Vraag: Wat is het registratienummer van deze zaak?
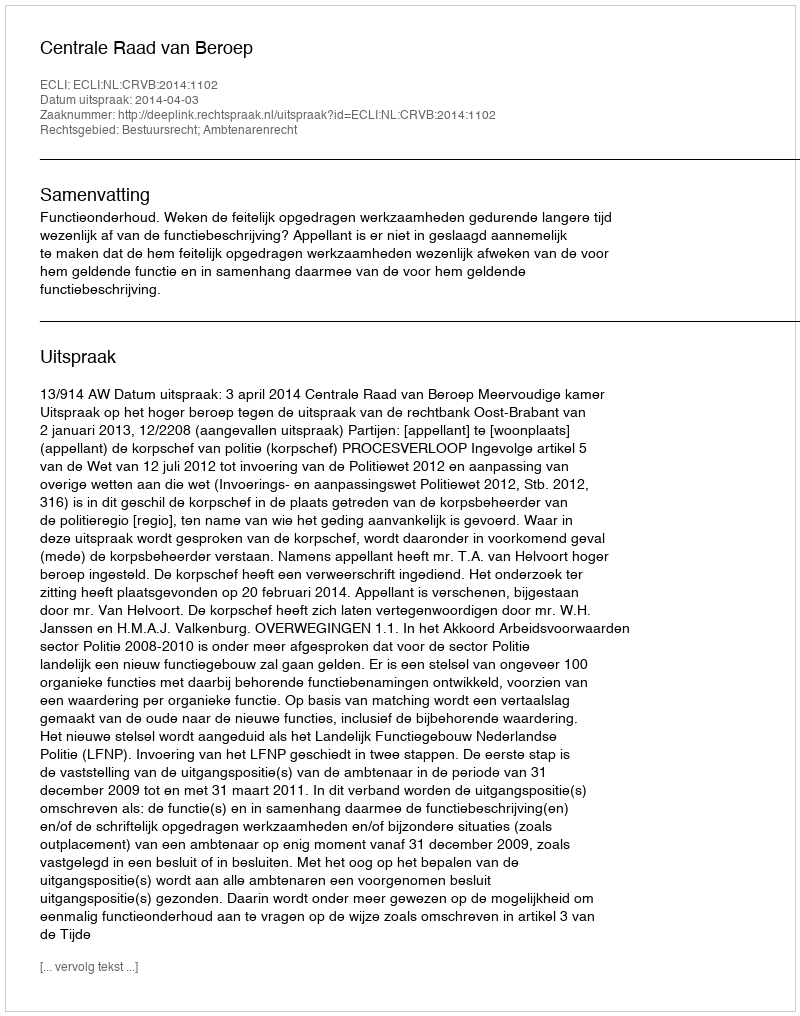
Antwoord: http://deeplink.rechtspraak.nl/uitspraak?id=ECLI:NL:CRVB:2014:1102